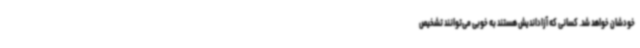
خودشان خواهد شد. کسانی که آزاداندیش هستند به خوبی می‌توانند تشخیص